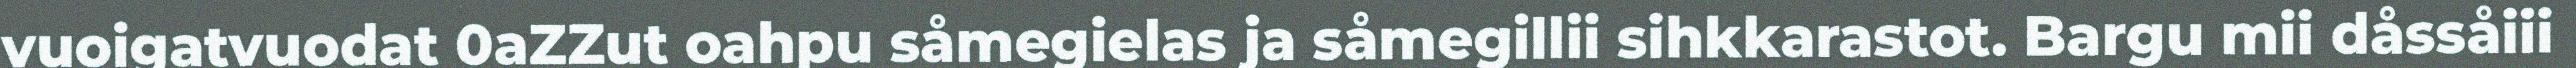
vuoigatvuodat 0aZZut oahpu såmegielas ja såmegillii sihkkarastot. Bargu mii dåssåiii